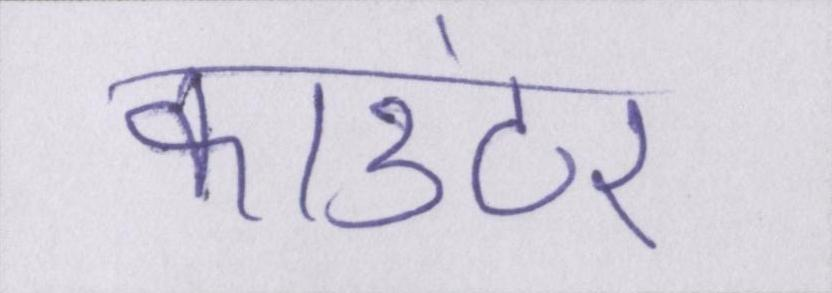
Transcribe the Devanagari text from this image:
काउंटर